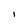
Character: I